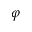
\varphi